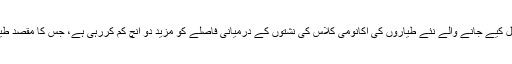
امریکن ایئر لائنز اپنے فلیٹ میں شامل کیے جانے والے نئے طیاروں کی اکانومی کلاس کی نشتوں کے درمیانی فاصلے کو مزید دو انچ کم کررہی ہے، جس کا مقصد طیارے میں سیٹوں کی تعداد بڑھانا ہے۔